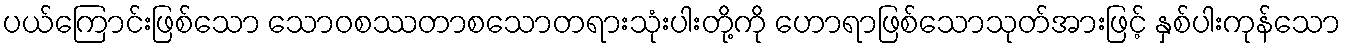
ပယ်ကြောင်းဖြစ်သော သောဝစဿတာစသောတရားသုံးပါးတို့ကို ဟောရာဖြစ်သောသုတ်အားဖြင့် နှစ်ပါးကုန်သော